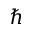
\hbar